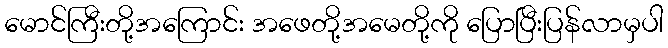
မောင်ကြီးတို့အကြောင်း အဖေတို့အမေတို့ကို ပြောပြီးပြန်လာမှပါ